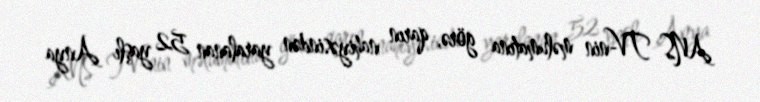
ANS TV-nin məlumatına görə, qarın nahiyəsindən yaralanan 52 yaşlı Anya